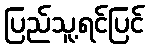
ပြည်သူ့ရင်ပြင်